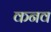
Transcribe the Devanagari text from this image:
कनव